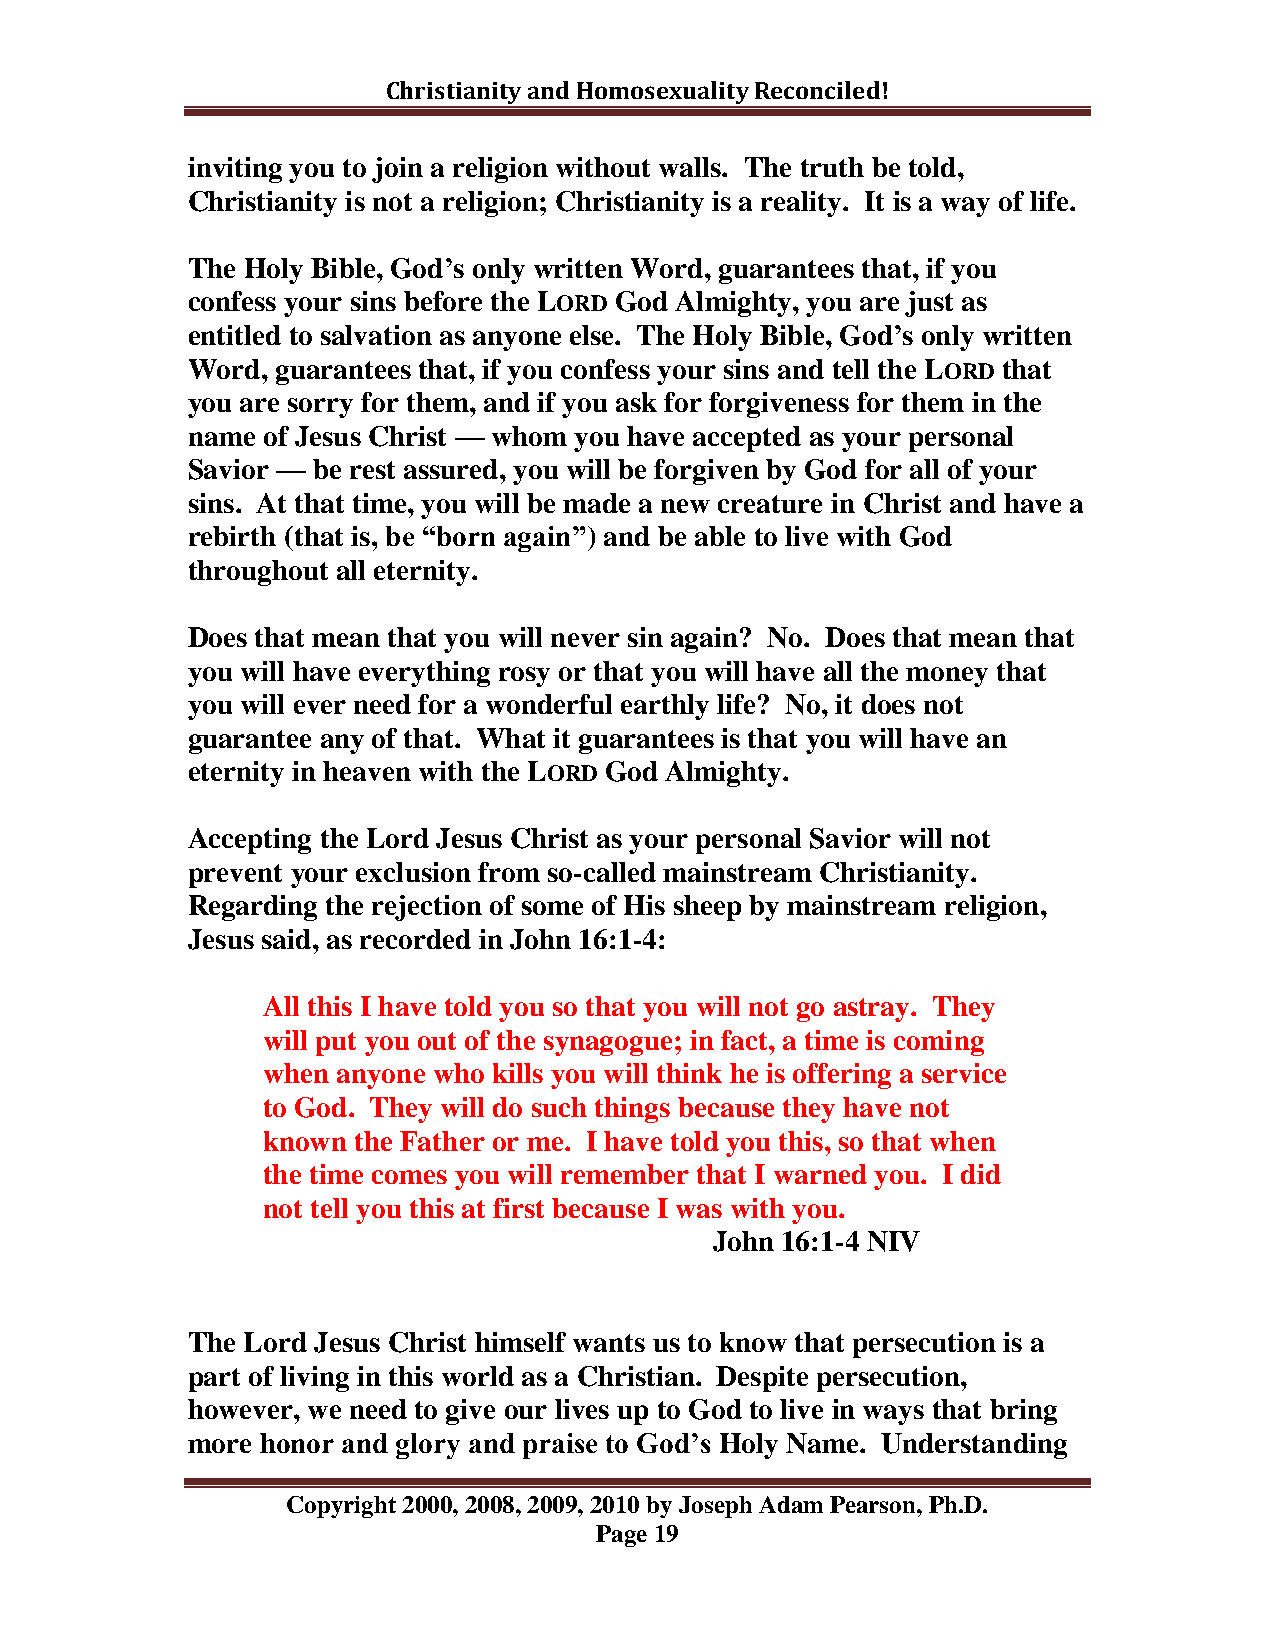
Christianity and Homosexuality Reconciled!
 inviting you to join a religion without walls. The truth be told,
 Christianity is not a religion; Christianity is a reality. It is a way of life.
 The Holy Bible, God‟s only written Word, guarantees that, if you
 confess your sins before the LORD God Almighty, you are just as
 entitled to salvation as anyone else. The Holy Bible, God‟s only written
 Word, guarantees that, if you confess your sins and tell the LORD that
 you are sorry for them, and if you ask for forgiveness for them in the
 name of Jesus Christ — whom you have accepted as your personal
 Savior — be rest assured, you will be forgiven by God for all of your
 sins. At that time, you will be made a new creature in Christ and have a
 rebirth (that is, be “born again”) and be able to live with God
 throughout all eternity.
 Does that mean that you will never sin again? No. Does that mean that
 you will have everything rosy or that you will have all the money that
 you will ever need for a wonderful earthly life? No, it does not
 guarantee any of that. What it guarantees is that you will have an
 eternity in heaven with the LORD God Almighty.
 Accepting the Lord Jesus Christ as your personal Savior will not
 prevent your exclusion from so-called mainstream Christianity.
 Regarding the rejection of some of His sheep by mainstream religion,
 Jesus said, as recorded in John 16:1-4:
 All this I have told you so that you will not go astray. They
 will put you out of the synagogue; in fact, a time is coming
 when anyone who kills you will think he is offering a service
 to God. They will do such things because they have not
 known the Father or me. I have told you this, so that when
 the time comes you will remember that I warned you. I did
 not tell you this at first because I was with you.
 John 16:1-4 NIV
 The Lord Jesus Christ himself wants us to know that persecution is a
 part of living in this world as a Christian. Despite persecution,
 however, we need to give our lives up to God to live in ways that bring
 more honor and glory and praise to God‟s Holy Name. Understanding
 Copyright 2000, 2008, 2009, 2010 by Joseph Adam Pearson, Ph.D.
 Page 19